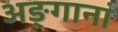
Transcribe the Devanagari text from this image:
अङ्गानां